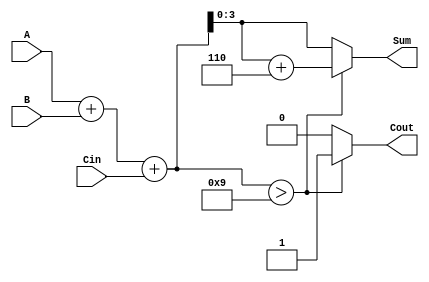
module BCD_Hybrid_Adder (
    input  wire [3:0] A,      // First BCD digit input
    input  wire [3:0] B,      // Second BCD digit input
    input  wire Cin,          // Carry input
    output reg  [3:0] Sum,    // BCD sum output
    output reg  Cout          // Carry output
);

    wire [4:0] S;            // Intermediate sum (5 bits to accommodate carry)
    
    // Step 1: Binary addition of A, B, and Cin
    assign S = A + B + Cin;

    // Step 2: BCD correction
    always @(*) begin
        if (S > 9) begin
            Sum = S + 4'b0110; // Add 6 to correct the sum
            Cout = 1;          // Set carry out
        end else begin
            Sum = S[3:0];      // Take the lower 4 bits as the sum
            Cout = 0;          // No carry out
        end
    end

endmodule